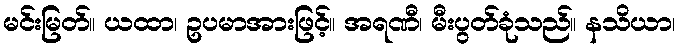
မင်းမြတ်။ ယထာ၊ ဥပမာအားဖြင့်။ အရဏီ၊ မီးပွတ်ခုံသည်။ နသိယာ၊